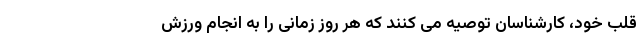
قلب خود، کارشناسان توصیه می کنند که هر روز زمانی را به انجام ورزش